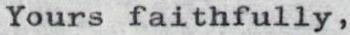
Yours faithfully,